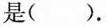
是( )。